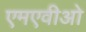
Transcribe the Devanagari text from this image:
एमएवीओ